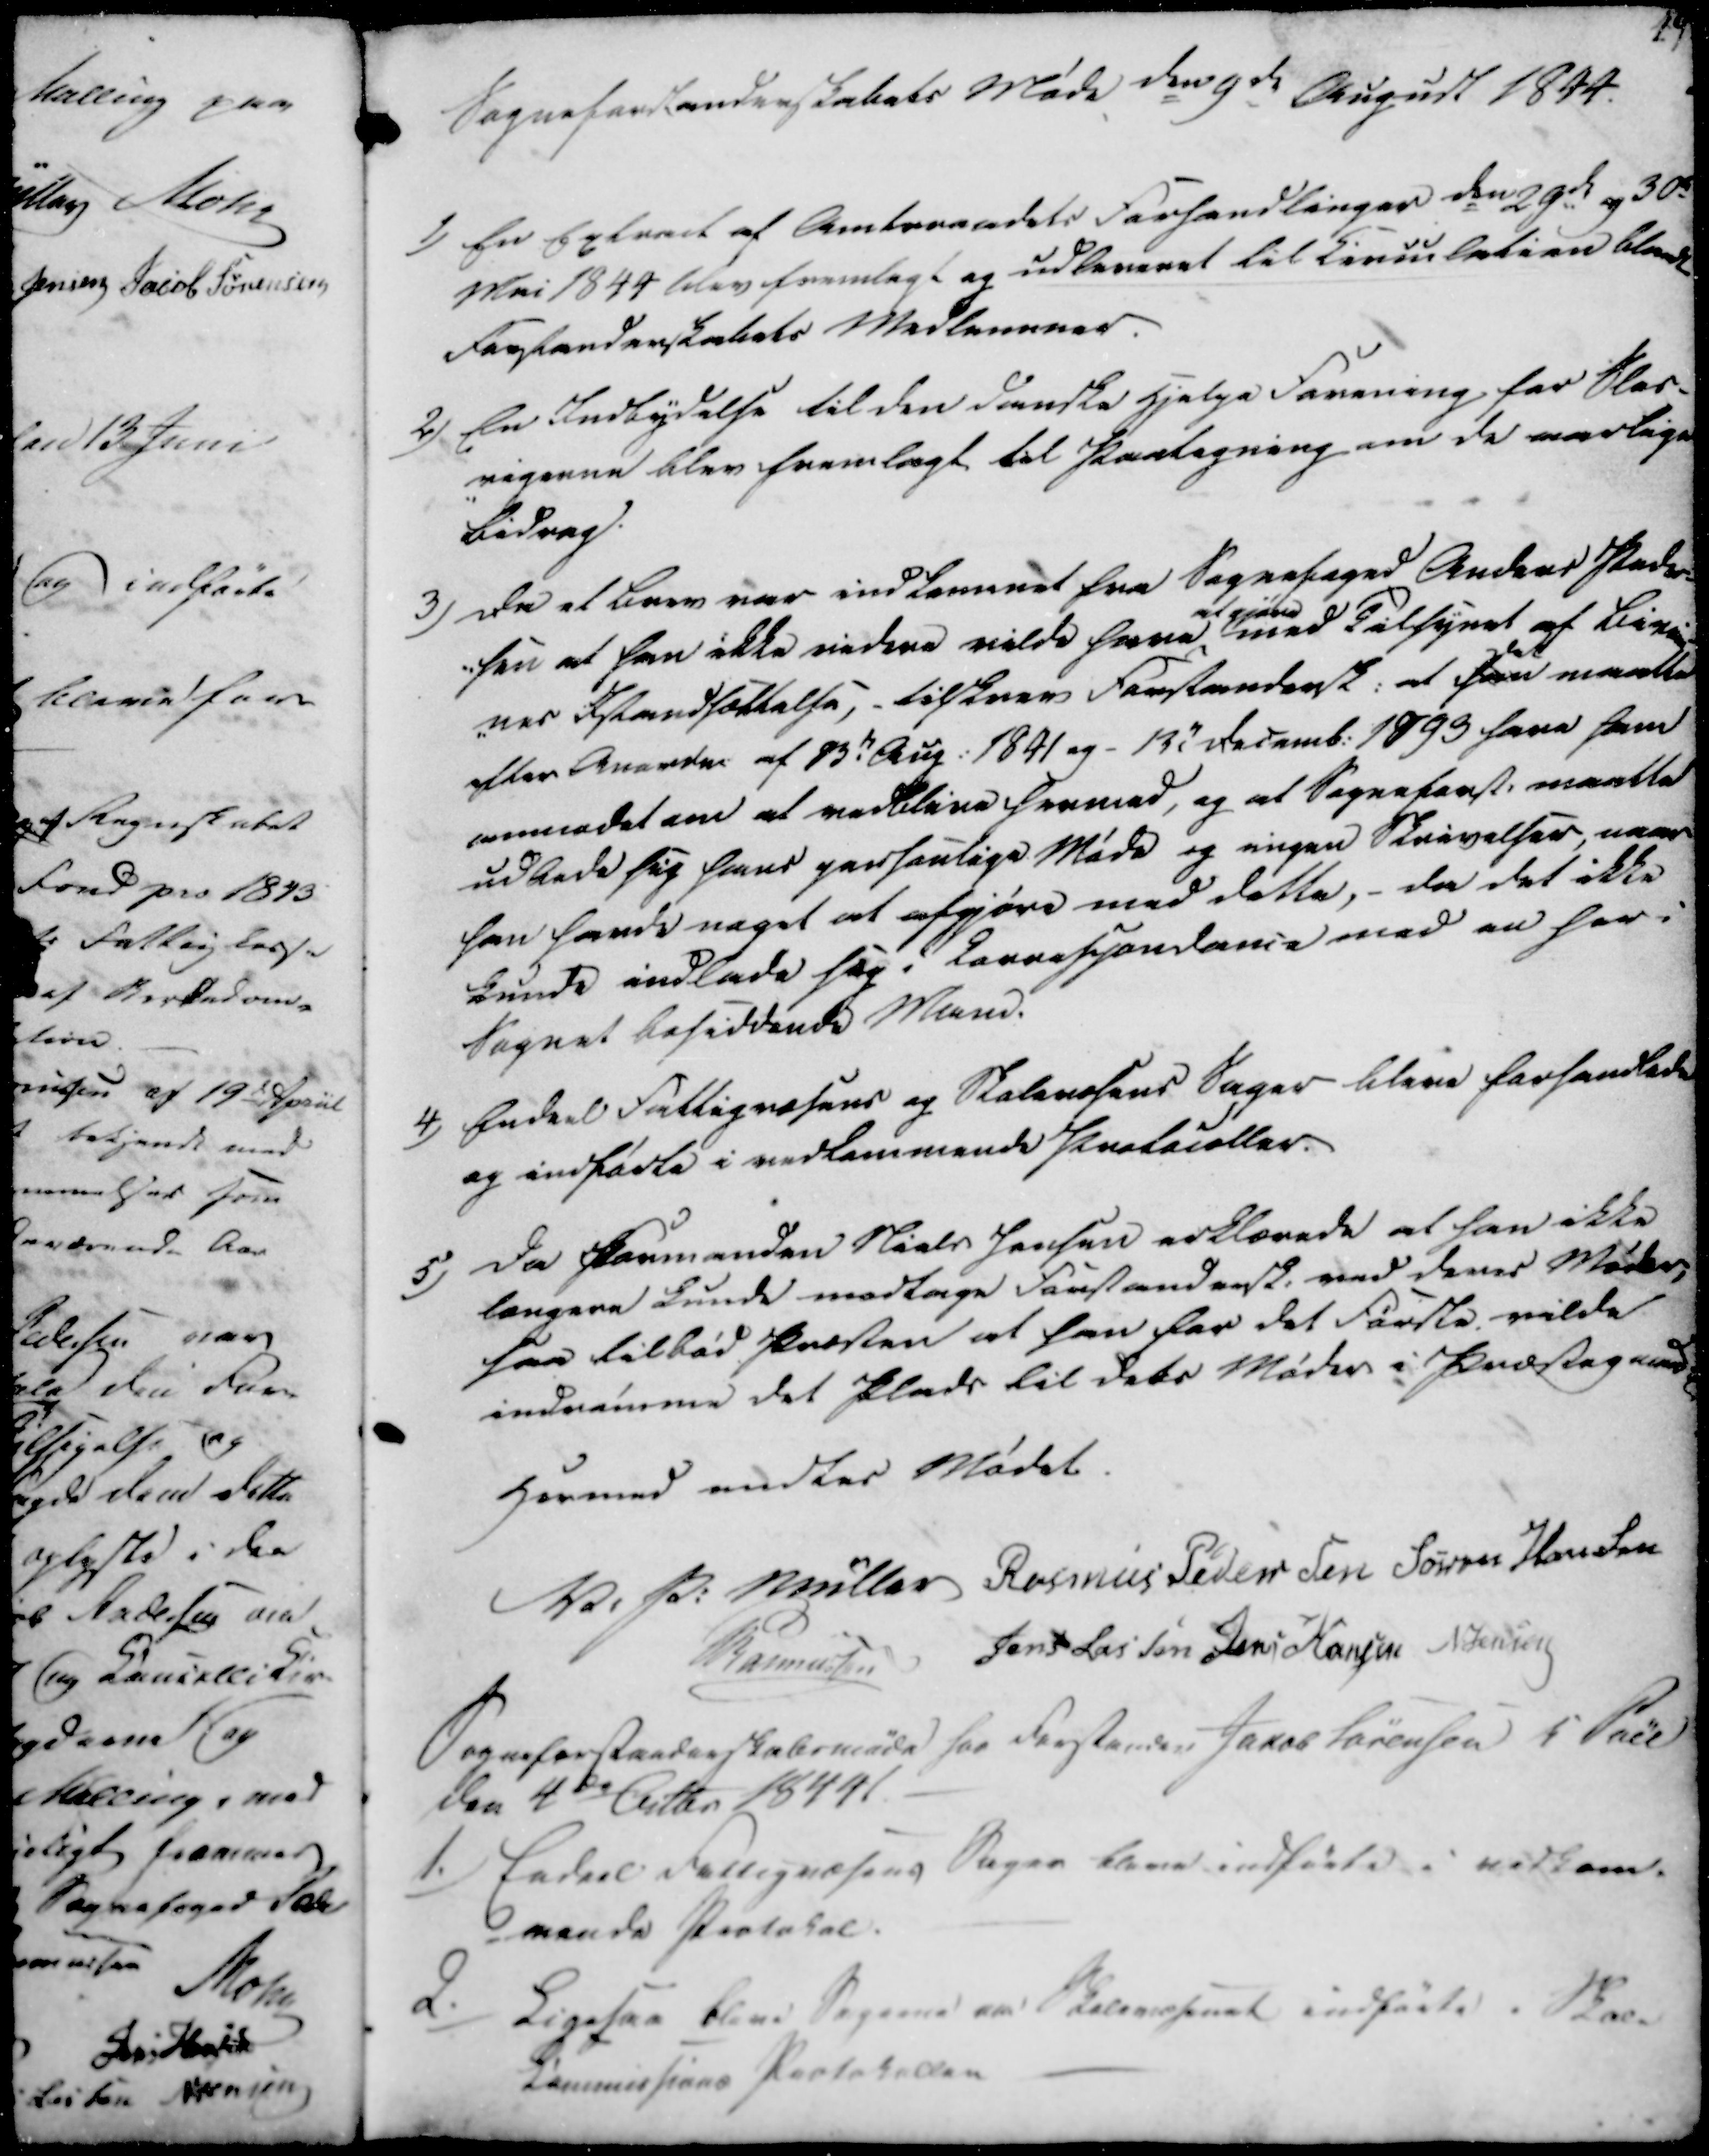
Transskription:
Sogneforstanderskabets Møde den 9de August 1844.

1)

En Extract af Amtsraadets Forhandlinger den 29de og 30de
Mai 1844 blev fremlagt og udleveret til Circulation blandt
Forstanderskabets Medlemmer.

2)

En Indbydelse til den danske Hjelpe Forening for Slas-
rigerne blev fremlagt til Paategning om de aarlige
Bidrag.

3)

Da et Brev var indkommet fra Sognefoged Anders Peder-
-sen at han ikke videre vilde have
at gjøre
med Tilsynet af Biveie-
-nes Istandsættelse, - tilskrev Forstandersk. at han
det
maatte
efter Anarde af 13de Aug. 1841 og- 13de Decemb. 1793 have ham
anmodet om at vedblive hermod, og at Sogneforst. maatte
udbede sig hans personlige Møde og ingen Skrivelser, naar
han havde noget at afgjøre med dette, - da det ikke
kunde indlade sig i Lovrehjondanis med en her i
Sognet besiddende Mand.

4)

Endeel Fattigvæsens og Skolevæsens Sager bleve forhandlede
og indførte i vedkommende Protocoller.

5)

Da Formanden Niels Jensen erklærede at han ikke
længere kunde modtage Forstandersk. ved denes Møder,
saa tilbød Præsten at han for det Første vilde
indrømme det Plads til dets Møder i Præstegaard
en
Hermed endtes Mødet.

V. P. Müller
Rasmus Pedersen
Søren Hansen
Rasmussen
Jens Lassen
Jens Hansen
N. Jensen

Sogneforstanderskabsmøde hos Forstander Jakob Sørensen i Pøel
Den 4de Octbr 1844.

1.)

Endeel Fattigvæsens Sager bleve indførte i vedkom-
-mende Protokol.

2./

Ligesaa bleve Sagerne om Skolevæsenet indførte i Skole
Commissions Protokollen